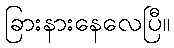
ခြားနားနေလေပြီ။